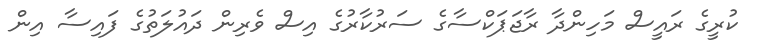
ކުރީގެ ރައީސް މަހިންދާ ރާޖަޕަކްސާގެ ސަރުކާރުގެ އިސް ވެރިން ދައުލަތުގެ ފައިސާ އިން